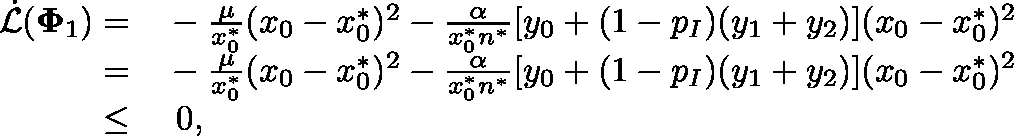
\begin{array} { r l } { \dot { \mathcal { L } } ( \mathbf { \Phi } _ { 1 } ) = } & { { } - \frac { \mu } { x _ { 0 } ^ { * } } ( x _ { 0 } - x _ { 0 } ^ { * } ) ^ { 2 } - \frac { \alpha } { x _ { 0 } ^ { * } n ^ { * } } [ y _ { 0 } + ( 1 - p _ { I } ) ( y _ { 1 } + y _ { 2 } ) ] ( x _ { 0 } - x _ { 0 } ^ { * } ) ^ { 2 } } \\ { = } & { { } - \frac { \mu } { x _ { 0 } ^ { * } } ( x _ { 0 } - x _ { 0 } ^ { * } ) ^ { 2 } - \frac { \alpha } { x _ { 0 } ^ { * } n ^ { * } } [ y _ { 0 } + ( 1 - p _ { I } ) ( y _ { 1 } + y _ { 2 } ) ] ( x _ { 0 } - x _ { 0 } ^ { * } ) ^ { 2 } } \\ { \leq } & { { } ~ 0 , } \end{array}